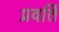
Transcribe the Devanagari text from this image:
प्रवर्ति